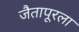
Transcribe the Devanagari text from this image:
जैतापूरला